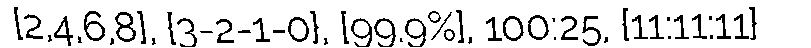
[2,4,6,8], {3-2-1-0}, [99.9%], 100:25, {11:11:11}